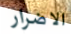
الاضرار